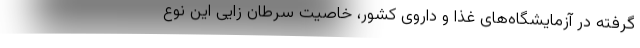
گرفته در آزمایشگاه‌های غذا و داروی کشور، خاصیت سرطان زایی این نوع